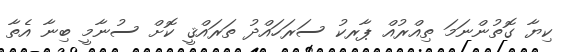
ކިޔާ ގޮތުންނަމަ ތިއްރުއް ޕާރކު ސަރަހައްދު ތަރައްްޤީ ކޮށް ސުނާމީ ބިނާ އެތާ